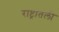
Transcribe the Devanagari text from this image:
राष्ट्रातली